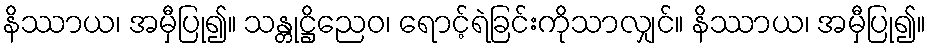
နိဿာယ၊ အမှီပြု၍။ သန္တုဋ္ဌိညေဝ၊ ရောင့်ရဲခြင်းကိုသာလျှင်။ နိဿာယ၊ အမှီပြု၍။